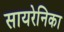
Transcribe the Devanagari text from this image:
सायरेनिका